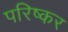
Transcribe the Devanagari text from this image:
परिष्कर